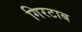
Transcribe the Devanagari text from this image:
गिरटाब